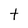
Character: t